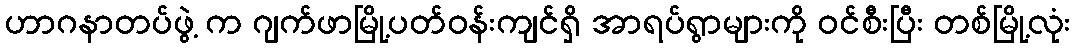
ဟာဂနာတပ်ဖွဲ့ က ဂျက်ဖာမြို့ပတ်ဝန်းကျင်ရှိ အာရပ်ရွာများကို ဝင်စီးပြီး တစ်မြို့လုံး